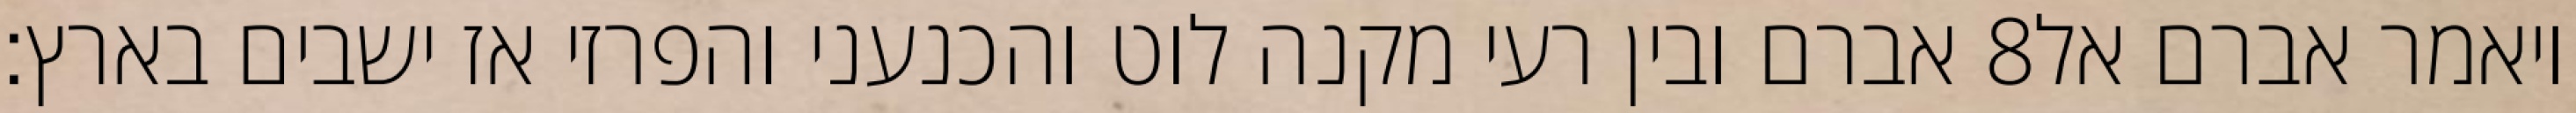
אברם ובין רעי מקנה לוט והכנעני והפרזי אז ישבים בארץ׃ ‎8‏ ויאמר אברם אל